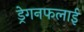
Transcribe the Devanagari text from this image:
ड्रेगनफलाई